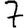
Digit: 7